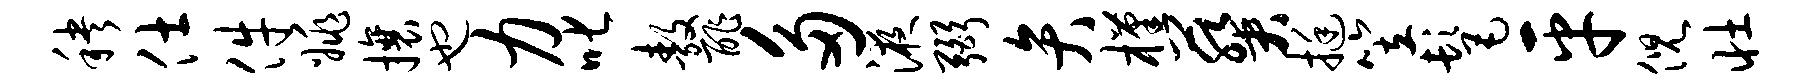
秧仕件姚攘也力叱敖酢多液弼弁槿葵挺笠髦平倪壮